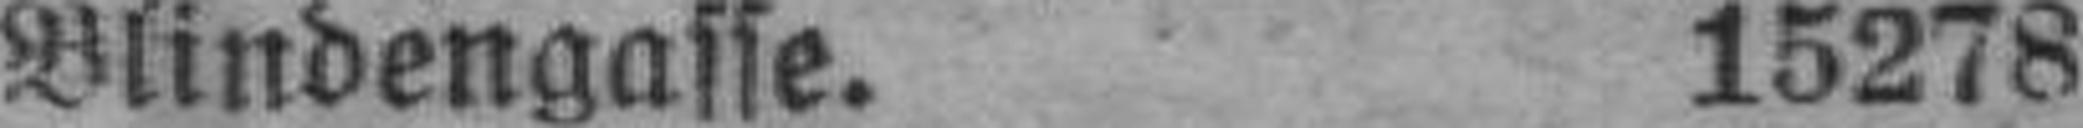
Blindengasse. 15278